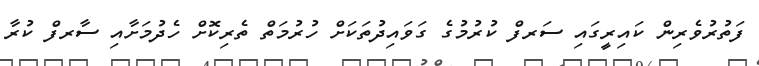
ފަތުރުވެރިން ކައިރީގައި ސަރފް ކުރުމުގެ ގަވައިދުތަކަށް ހުރުމަތް ތެރިކޮށް ހެދުމަށާއި ސާރފް ކުރާ